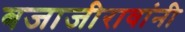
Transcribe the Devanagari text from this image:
बजाजीरावांनी